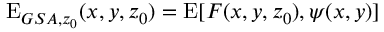
\mathrm { E } _ { G S A , z _ { 0 } } ( x , y , z _ { 0 } ) = \mathrm { E } [ F ( x , y , z _ { 0 } ) , \psi ( x , y ) ]